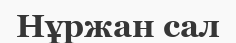
Нұржан сал